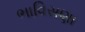
ભાવિસણા